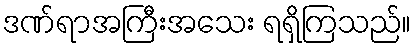
ဒဏ်ရာအကြီးအသေး ရရှိကြသည်။